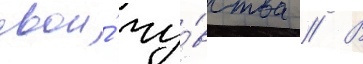
свои́ чу́вства // В